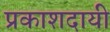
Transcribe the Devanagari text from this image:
प्रकाशदायी